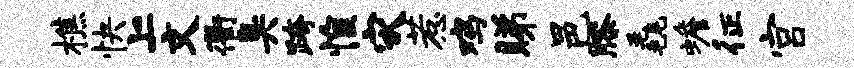
樵快上文衢臭跨惶灾惹鸡睇邑膝毳蟾征宫